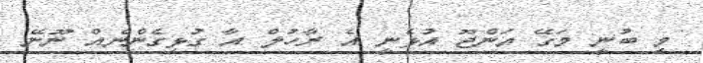
މި ބުނީ މަގޭ އަންޖޫ އުޅެނީ އެ ރާހުލް އާ ގުޅިގެންނެއް ނޫނޭ